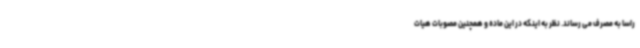
راسا به مصرف می رساند. نظر به اینکه در این ماده و همچنین مصوبات هیات